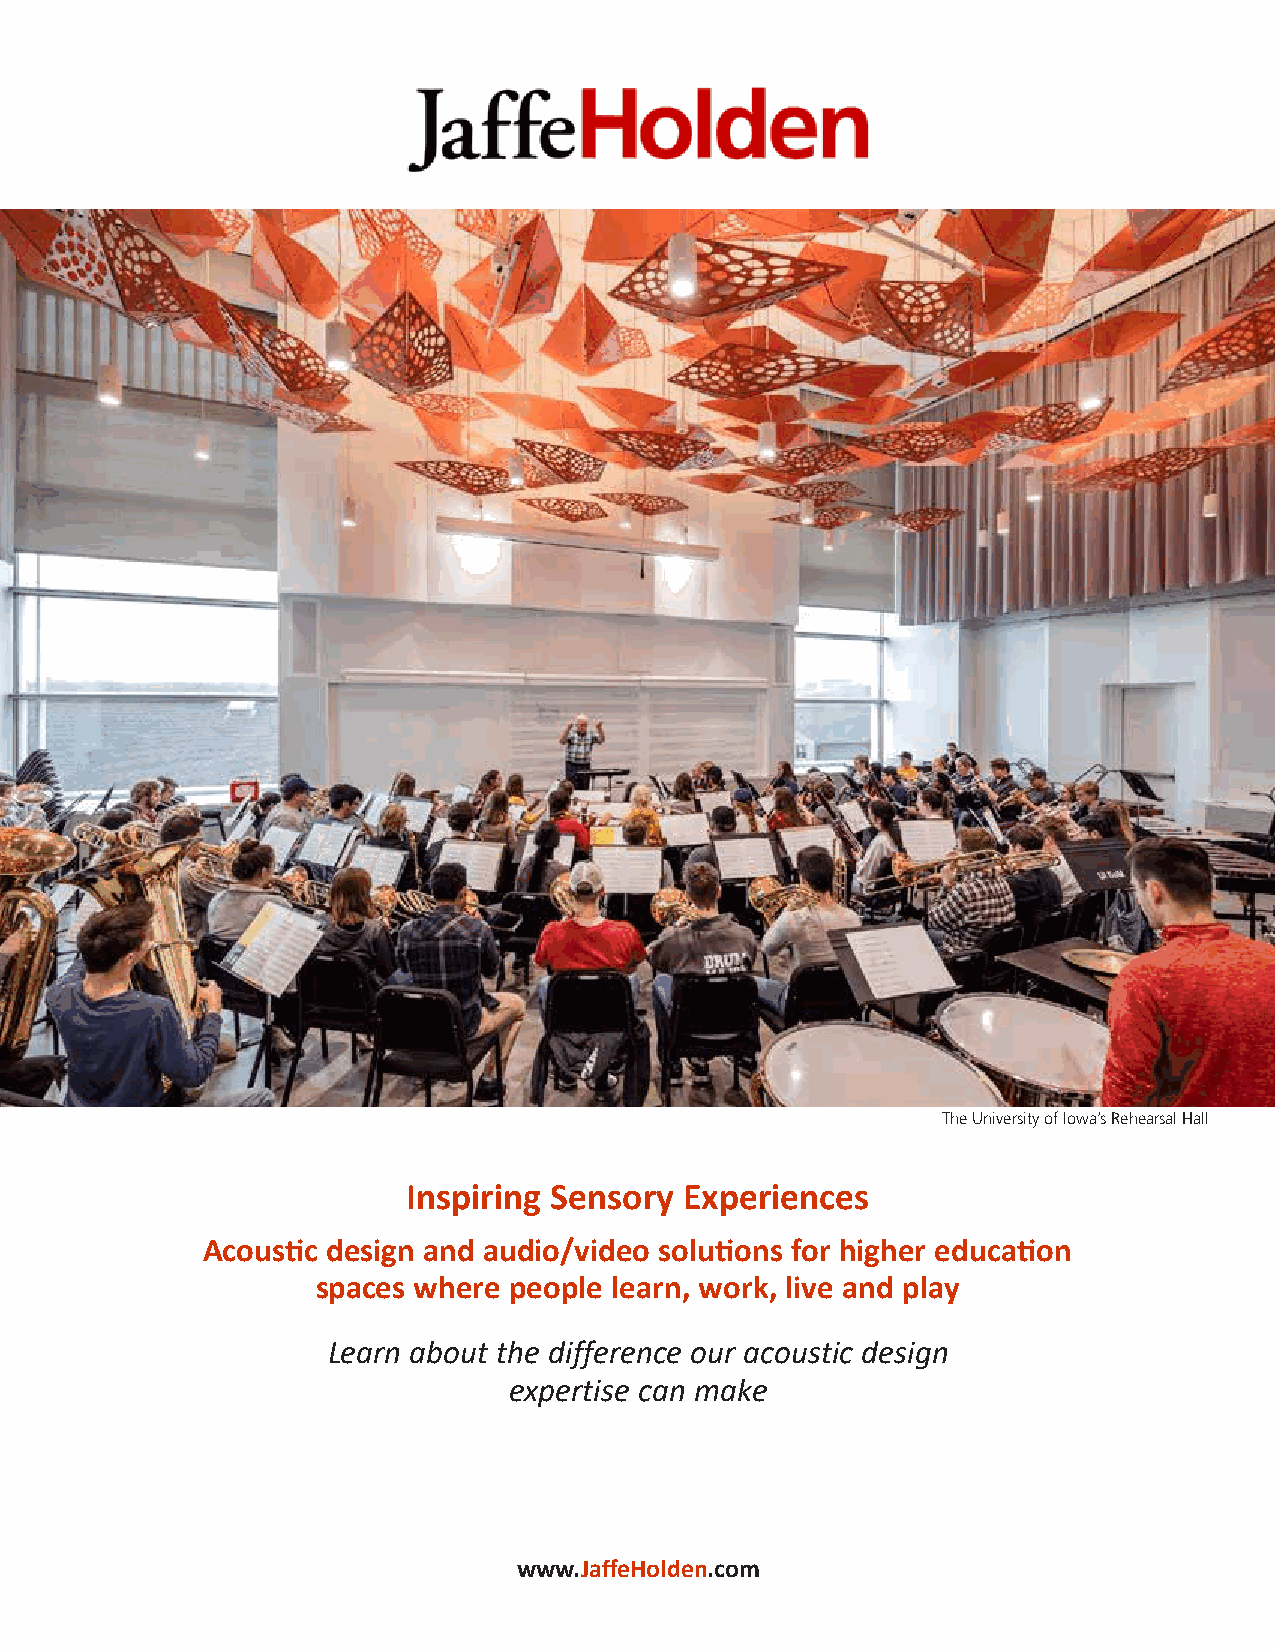
The University of Iowa’s Rehearsal Hall
 Inspiring Sensory Experiences
 Acoustic design and audio/video solutions for higher education
 spaces where people learn, work, live and play
 Learn about the difference our acoustic design
 expertise can make
 www.JaffeHolden.com